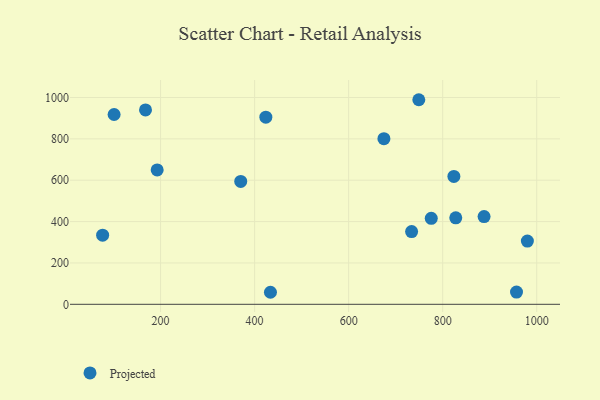
{"axis": {"x": "Distance", "y": "Demand"}, "legend": ["Projected"], "data": [{"x": "370.5", "y": 594.2, "type": "Projected"}, {"x": "733.9", "y": 351.6, "type": "Projected"}, {"x": "823.8", "y": 618.2, "type": "Projected"}, {"x": "168.0", "y": 940.1, "type": "Projected"}, {"x": "749.2", "y": 989.3, "type": "Projected"}, {"x": "827.8", "y": 418.1, "type": "Projected"}, {"x": "675.0", "y": 801.1, "type": "Projected"}, {"x": "980.1", "y": 305.8, "type": "Projected"}, {"x": "101.2", "y": 917.9, "type": "Projected"}, {"x": "775.7", "y": 415.7, "type": "Projected"}, {"x": "957.0", "y": 59.4, "type": "Projected"}, {"x": "888.0", "y": 424.3, "type": "Projected"}, {"x": "433.7", "y": 58.2, "type": "Projected"}, {"x": "192.8", "y": 649.7, "type": "Projected"}, {"x": "423.9", "y": 905.0, "type": "Projected"}, {"x": "76.8", "y": 334.2, "type": "Projected"}]}